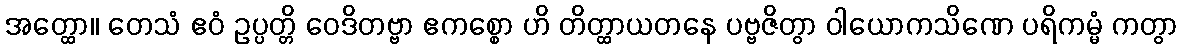
အတ္ထော။ တေသံ ဧဝံ ဥပ္ပတ္တိ ဝေဒိတဗ္ဗာ ဧကစ္စော ဟိ တိတ္ထာယတနေ ပဗ္ဗဇိတွာ ဝါယောကသိဏေ ပရိကမ္မံ ကတွာ